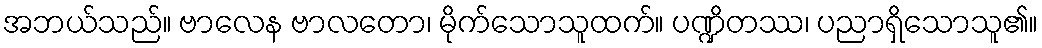
အဘယ်သည်။ ဗာလေန ဗာလတော၊ မိုက်သောသူထက်။ ပဏ္ဍိတဿ၊ ပညာရှိသောသူ၏။